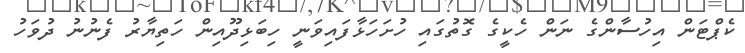
ކެޕްޓަން އިހުސާންގެ ނަން ހެކީގެ ގޮތުގައި ހުށަހަޅާފައިވަނީ ހިބަޅިދޫއިން ހަތިޔާރު ފެނުނު ދުވަހު